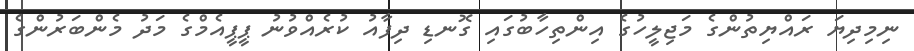
ނިމިދިޔަ ރައްޔިތުންގެ މަޖިލީހުގެ އިންތިހާބުގައި ގޮނޑި ދިފާއު ކުރެއްވުނު ޕީޕީއެމްގެ މަދު މެންބަރުންގެ